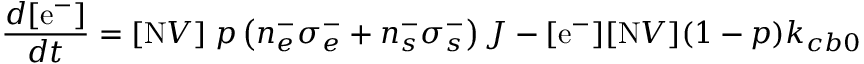
\frac { d [ \mathrm { e ^ { - } } ] } { d t } = [ \mathrm { N } V ] \; p \left( n _ { e } ^ { - } \sigma _ { e } ^ { - } + n _ { s } ^ { - } \sigma _ { s } ^ { - } \right) J - [ \mathrm { e ^ { - } } ] [ \mathrm { N } V ] ( 1 - p ) k _ { c b 0 }